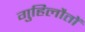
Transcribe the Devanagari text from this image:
गुहिलौतों